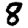
Digit: 8